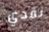
نقدي